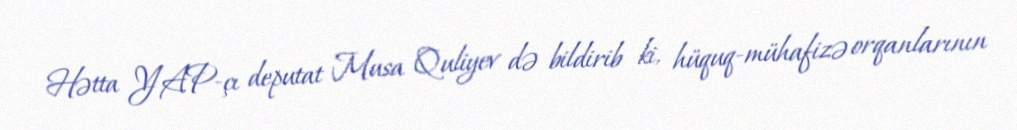
Hətta YAP-çı deputat Musa Quliyev də bildirib ki, hüquq-mühafizə orqanlarının